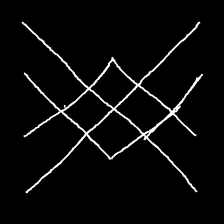
Glyph: crystal